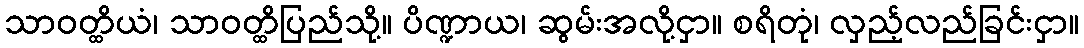
သာဝတ္ထိယံ၊ သာဝတ္ထိပြည်သို့။ ပိဏ္ဍာယ၊ ဆွမ်းအလို့ငှာ။ စရိတုံ၊ လှည့်လည်ခြင်းငှာ။